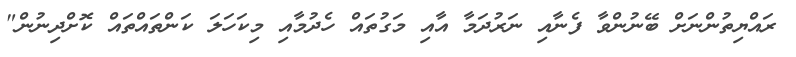
ރައްޔިތުންނަށް ބޭނުންވާ ފެނާއި ނަރުދަމާ އާއި މަގުތައް ހެދުމާއި މިކަހަލަ ކަންތައްތައް ކޮށްދިނުން"